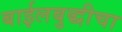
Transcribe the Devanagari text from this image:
बाईलबुद्धीचा